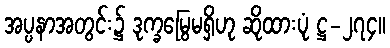
အပ္ပနာအတွင်း၌ ဒုက္ခမြွေမရှိဟု ဆိုထားပုံ ဋ္ဌ-၂၇၄။